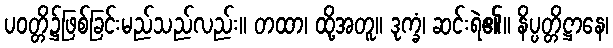
ပဝတ္တိ၌ဖြစ်ခြင်းမည်သည်လည်း။ တထာ၊ ထို့အတူ။ ဒုက္ခံ၊ ဆင်းရဲ၏။ နိပ္ပတ္တိဋ္ဌာနေ၊